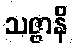
သဇ္ဇာနိ